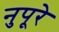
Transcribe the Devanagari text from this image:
नुपूरे